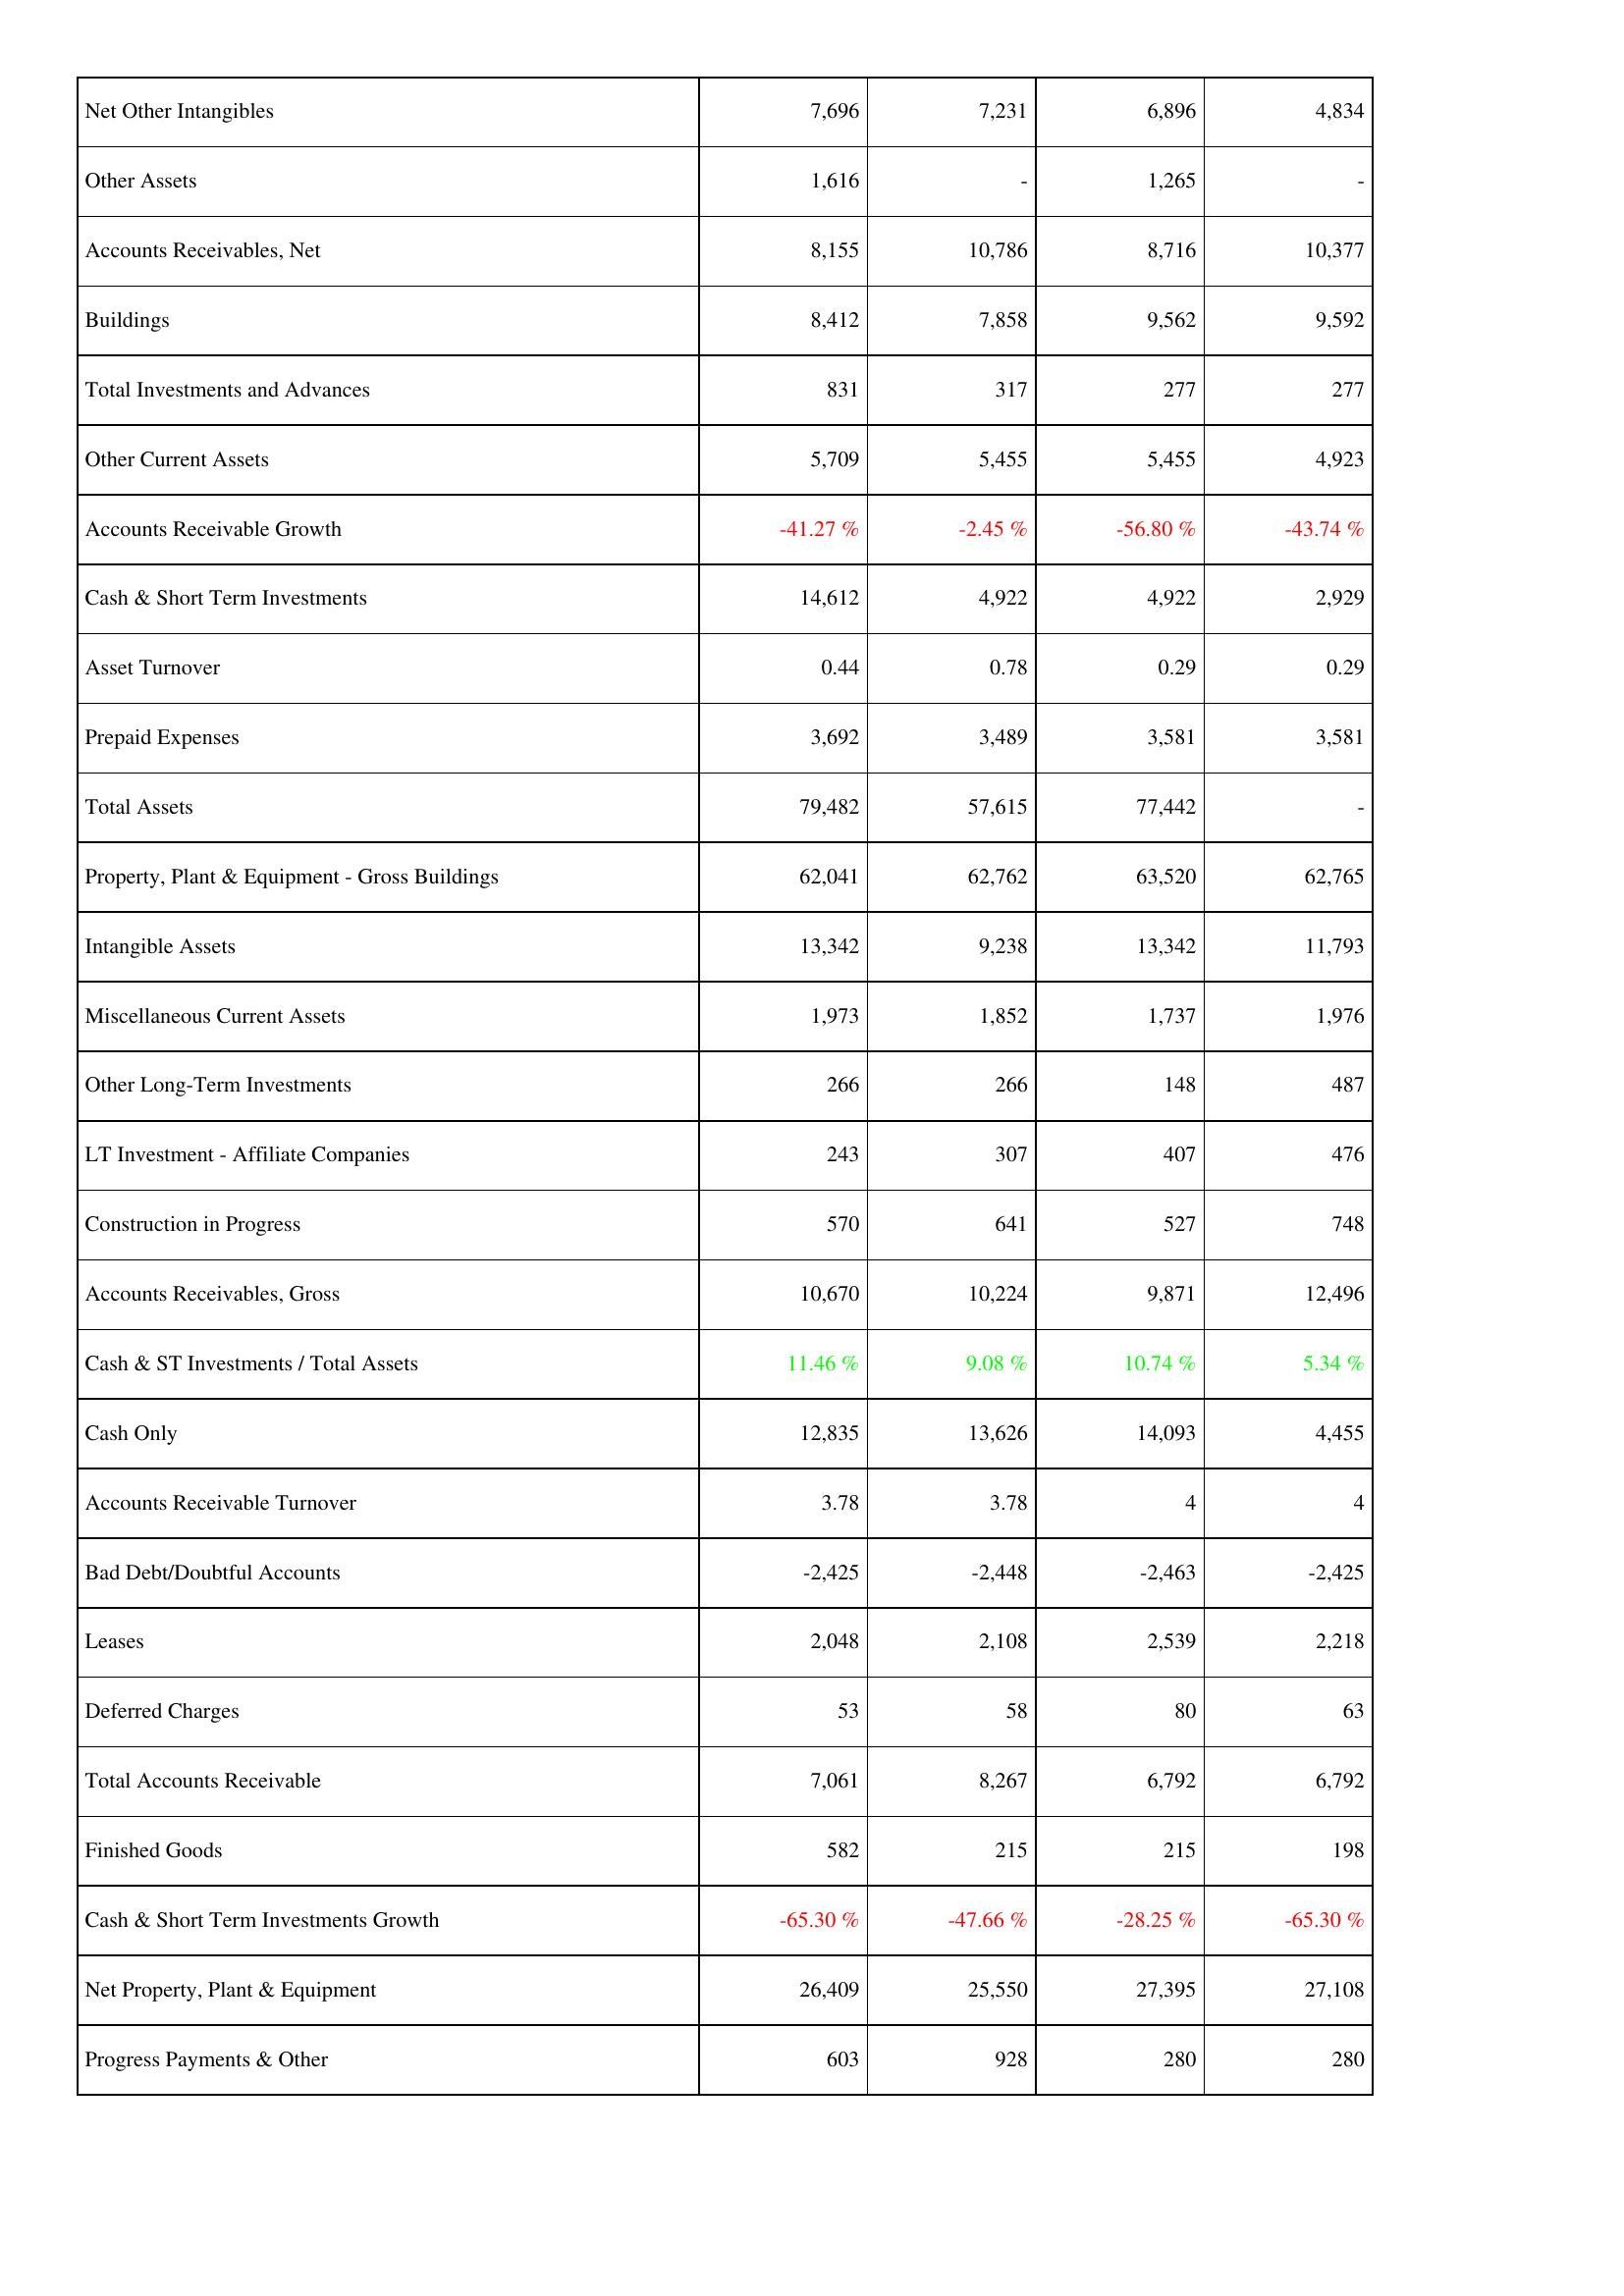
2008: Assets: Net Other Intangibles: 7,696
Other Assets: 1,616
Accounts Receivables, Net: 8,155
Buildings: 8,412
Total Investments and Advances: 831
Other Current Assets: 5,709
Accounts Receivable Growth: -41.27 %
Cash & Short Term Investments: 14,612
Asset Turnover: 0.44
Prepaid Expenses: 3,692
Total Assets: 79,482
Property, Plant & Equipment - Gross Buildings: 62,041
Intangible Assets: 13,342
Miscellaneous Current Assets: 1,973
Other Long-Term Investments: 266
LT Investment - Affiliate Companies: 243
Construction in Progress: 570
Accounts Receivables, Gross: 10,670
Cash & ST Investments / Total Assets: 11.46 %
Cash Only: 12,835
Accounts Receivable Turnover: 3.78
Bad Debt/Doubtful Accounts: -2,425
Leases: 2,048
Deferred Charges: 53
Total Accounts Receivable: 7,061
Finished Goods: 582
Cash & Short Term Investments Growth: -65.30 %
Net Property, Plant & Equipment: 26,409
Progress Payments & Other: 603
2007: Assets: Net Other Intangibles: 7,231
Other Assets: -
Accounts Receivables, Net: 10,786
Buildings: 7,858
Total Investments and Advances: 317
Other Current Assets: 5,455
Accounts Receivable Growth: -2.45 %
Cash & Short Term Investments: 4,922
Asset Turnover: 0.78
Prepaid Expenses: 3,489
Total Assets: 57,615
Property, Plant & Equipment - Gross Buildings: 62,762
Intangible Assets: 9,238
Miscellaneous Current Assets: 1,852
Other Long-Term Investments: 266
LT Investment - Affiliate Companies: 307
Construction in Progress: 641
Accounts Receivables, Gross: 10,224
Cash & ST Investments / Total Assets: 9.08 %
Cash Only: 13,626
Accounts Receivable Turnover: 3.78
Bad Debt/Doubtful Accounts: -2,448
Leases: 2,108
Deferred Charges: 58
Total Accounts Receivable: 8,267
Finished Goods: 215
Cash & Short Term Investments Growth: -47.66 %
Net Property, Plant & Equipment: 25,550
Progress Payments & Other: 928
2006: Assets: Net Other Intangibles: 6,896
Other Assets: 1,265
Accounts Receivables, Net: 8,716
Buildings: 9,562
Total Investments and Advances: 277
Other Current Assets: 5,455
Accounts Receivable Growth: -56.80 %
Cash & Short Term Investments: 4,922
Asset Turnover: 0.29
Prepaid Expenses: 3,581
Total Assets: 77,442
Property, Plant & Equipment - Gross Buildings: 63,520
Intangible Assets: 13,342
Miscellaneous Current Assets: 1,737
Other Long-Term Investments: 148
LT Investment - Affiliate Companies: 407
Construction in Progress: 527
Accounts Receivables, Gross: 9,871
Cash & ST Investments / Total Assets: 10.74 %
Cash Only: 14,093
Accounts Receivable Turnover: 4
Bad Debt/Doubtful Accounts: -2,463
Leases: 2,539
Deferred Charges: 80
Total Accounts Receivable: 6,792
Finished Goods: 215
Cash & Short Term Investments Growth: -28.25 %
Net Property, Plant & Equipment: 27,395
Progress Payments & Other: 280
2005: Assets: Net Other Intangibles: 4,834
Other Assets: -
Accounts Receivables, Net: 10,377
Buildings: 9,592
Total Investments and Advances: 277
Other Current Assets: 4,923
Accounts Receivable Growth: -43.74 %
Cash & Short Term Investments: 2,929
Asset Turnover: 0.29
Prepaid Expenses: 3,581
Total Assets: -
Property, Plant & Equipment - Gross Buildings: 62,765
Intangible Assets: 11,793
Miscellaneous Current Assets: 1,976
Other Long-Term Investments: 487
LT Investment - Affiliate Companies: 476
Construction in Progress: 748
Accounts Receivables, Gross: 12,496
Cash & ST Investments / Total Assets: 5.34 %
Cash Only: 4,455
Accounts Receivable Turnover: 4
Bad Debt/Doubtful Accounts: -2,425
Leases: 2,218
Deferred Charges: 63
Total Accounts Receivable: 6,792
Finished Goods: 198
Cash & Short Term Investments Growth: -65.30 %
Net Property, Plant & Equipment: 27,108
Progress Payments & Other: 280